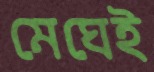
মেঘেই